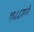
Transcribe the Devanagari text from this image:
१६८८मध्ये